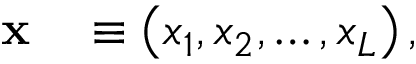
\begin{array} { r l } { \mathbf { x } } & { { } \equiv \left( x _ { 1 } , x _ { 2 } , \dots , x _ { L } \right) , } \end{array}